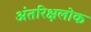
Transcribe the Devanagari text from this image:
अंतरिक्षलोक